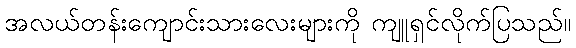
အလယ်တန်းကျောင်းသားလေးများကို ကျူရှင်လိုက်ပြသည်။